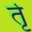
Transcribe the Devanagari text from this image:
र्तृ